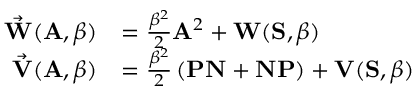
\begin{array} { r l } { \vec { \mathbf { W } } ( \mathbf { A } , \beta ) } & { = \frac { \beta ^ { 2 } } { 2 } \mathbf { A } ^ { 2 } + \mathbf { W } ( \mathbf { S } , \beta ) } \\ { \vec { \mathbf { V } } ( \mathbf { A } , \beta ) } & { = \frac { \beta ^ { 2 } } { 2 } \left( \mathbf { P N } + \mathbf { N P } \right) + \mathbf { V } ( \mathbf { S } , \beta ) } \end{array}